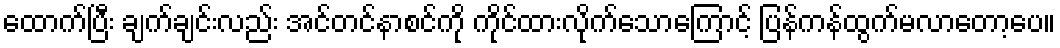
ထောက်ပြီး ချက်ချင်းလည်း အင်တင်နာစင်ကို ကိုင်ထားလိုက်သောကြောင့် ပြန်ကန်ထွက်မလာတော့ပေ။